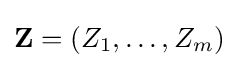
\mathbf {Z} =(Z_{1},\ldots ,Z_{m})